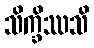
သိက္ခိဿသိ